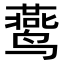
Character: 𬸧